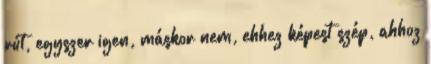
rút, egyszer igen, máskor nem, ehhez képest szép, ahhoz